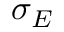
\sigma _ { E }